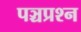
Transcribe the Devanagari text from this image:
पञ्चप्रश्न